Report of the Indian Hemp Drugs Commission, 1894-1895 - Volume I
Year: 1894
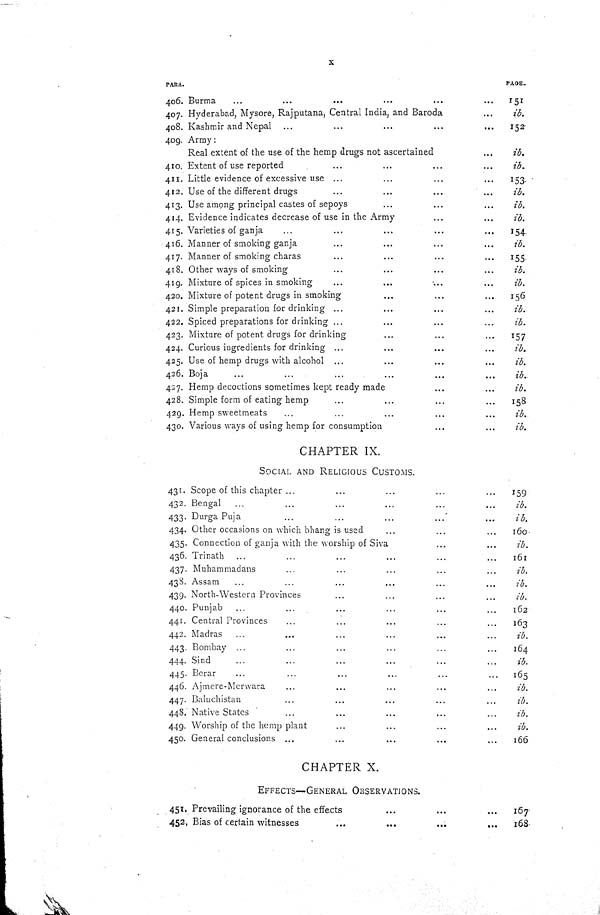
x
PARA.
PAGE.
406. Burma
151
407. Hyderabad, Mysore, Rajputana, Central India, and Baroda
ib.
408. Kashmir and Nepal
152
409. Army:
Real extent of the use of the hemp drugs not ascertained
ib.
410. Extent of use reported
ib.
411. Little evidence of excessive use
153.
412. Use of the different drugs
ib.
413. Use among principal castes of sepoys
ib.
414. Evidence indicates decrease of use in the Army
ib.
415. Varieties of ganja
154
416. Manner of smoking ganja
ib.
417. Manner of smoking charas
155
418. Other ways of smoking
ib.
419. Mixture of spices in smoking
ib.
420. Mixture of potent drugs in smoking
156
421. Simple preparation for drinking
ib.
422. Spiced preparations for drinking
ib.
423. Mixture of potent drugs for drinking
157
424. Curious ingredients for drinking
ib.
425. Use of hemp drugs with alcohol
ib.
426. Boja
ib.
427. Hemp decoctions sometimes kept ready made
ib.
428. Simple form of eating hemp
158
429. Hemp sweetmeats
ib.
430. Various ways of using hemp for consumption
ib.
CHAPTER IX.
SOCIAL AND RELIGIOUS CUSTOMS.
431. Scope of this chapter
159
432. Bengal
ib.
433. Durga Puja
ib.
434. Other occasions on which bhang is used
160
435. Connection of ganja with the worship of Siva
ib.
436. Trinath
161
437. Muhammadans
ib.
438. Assam
ib.
439. North-Western Provinces
ib.
440. Punjab
162
441. Central Provinces
163
442. Madras
ib.
443. Bombay
164
444. Sind
ib.
445. Berar
165
446. Ajmere-Merwara
ib.
447. Baluchistan
ib.
448. Native States
ib.
449. Worship of the hemp plant
ib.
450. General conclusions
166
CHAPTER X.
EFFECTS—GENERAL OBSERVATIONS.
451. Prevailing ignorance of the effects
167
452. Bias of certain witnesses
168